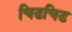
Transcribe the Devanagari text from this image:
चिडचिड